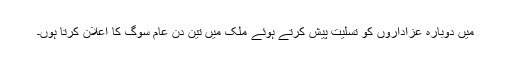
میں دوبارہ عزاداروں کو تسلیت پیش کرتے ہوئے ملک میں تین دن عام سوگ کا اعلان کرتا ہوں۔